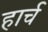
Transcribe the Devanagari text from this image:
हार्च